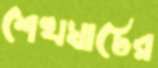
শেখঘাটের